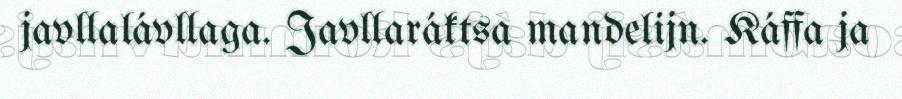
javllalávllaga. Javllaráktsa mandelijn. Káffa ja